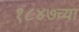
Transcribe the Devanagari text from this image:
१८४७च्या